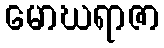
မောဃရာဇာ